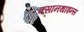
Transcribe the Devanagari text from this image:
क्सानथाइन्स